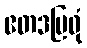
ဧတဒဗြဝုံ